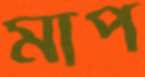
মাপ